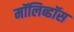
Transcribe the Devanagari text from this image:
मॉलिब्डॉस